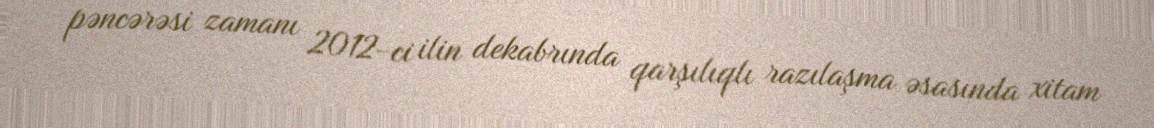
pəncərəsi zamanı 2012-ci ilin dekabrında qarşılıqlı razılaşma əsasında xitam